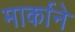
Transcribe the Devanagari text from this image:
मार्काने